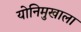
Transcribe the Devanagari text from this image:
योनिमुखाला